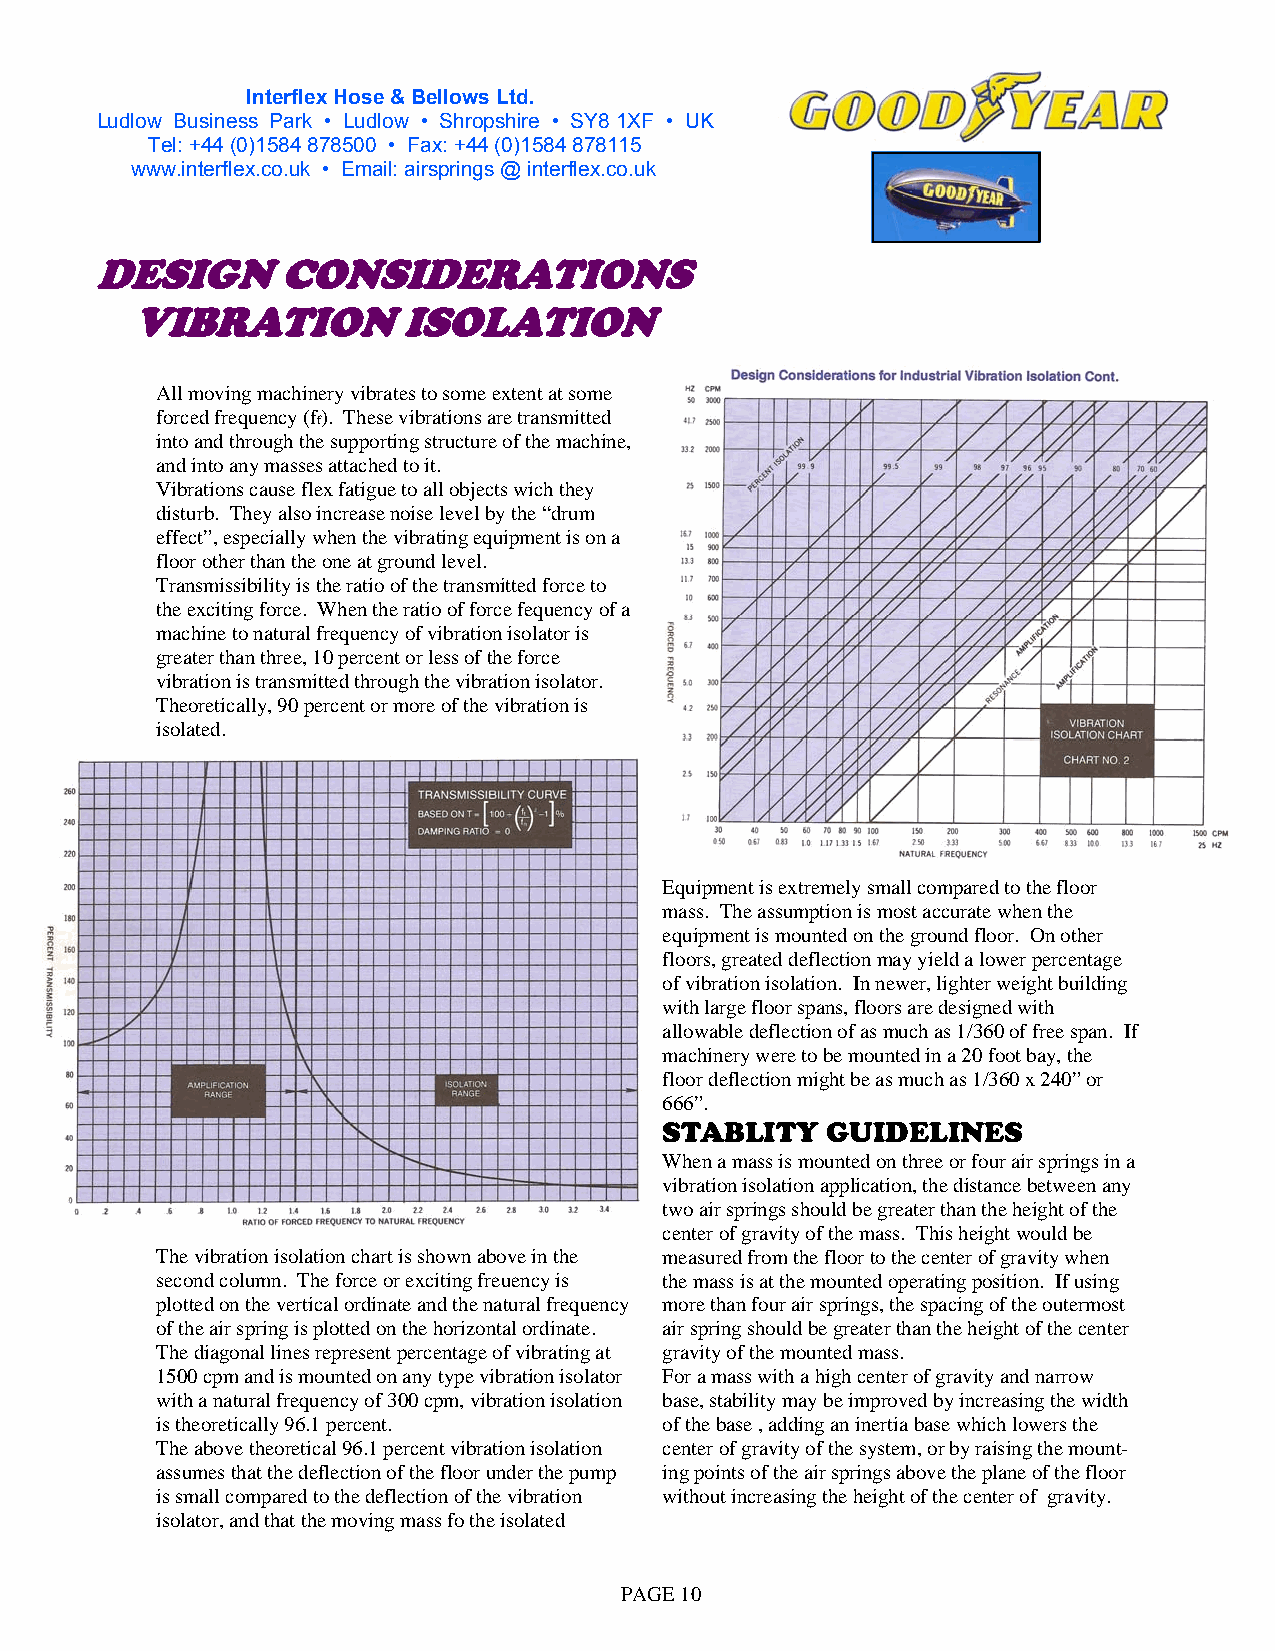
Interflex Hose & Bellows Ltd.
 Ludlow Business Park • Ludlow • Shropshire • SY8 1XF • UK
 Partners In Automation Since 1964
 Tel: +44 (0)1584 878500 • Fax: +44 (0)1584 878115
 www.i nterflex.co.uk • Email: airsprings @ interflex.co.uk
 DESIGN      CONSIDERATIONS
 VIBRATION         ISOLATION
 All moving machinery vibrates to some extent at some
 forced frequency (f). These vibrations are transmitted
 f
 into and through the supporting structure of the machine,
 and into any masses attached to it.
 Vibrations cause flex fatigue to all objects wich they
 disturb. They also increase noise level by the “drum
 effect”, especially when the vibrating equipment is on a
 floor other than the one at ground level.
 Transmissibility is the ratio of the transmitted force to
 the exciting force. When the ratio of force fequency of a
 machine to natural frequency of vibration isolator is
 greater than three, 10 percent or less of the force
 vibration is transmitted through the vibration isolator.
 Theoretically, 90 percent or more of the vibration is
 isolated.
 Equipment is extremely small compared to the floor
 mass. The assumption is most accurate when the
 equipment is mounted on the ground floor. On other
 floors, greated deflection may yield a lower percentage
 of vibration isolation. In newer, lighter weight building
 with large floor spans, floors are designed with
 allowable deflection of as much as 1/360 of free span. If
 machinery were to be mounted in a 20 foot bay, the
 floor deflection might be as much as 1/360 x 240” or
 666”.
 STABLITY   GUIDELINES
 When a mass is mounted on three or four air springs in a
 vibration isolation application, the distance between any
 two air springs should be greater than the height of the
 center of gravity of the mass. This height would be
 The vibration isolation chart is shown above in the measured from the floor to the center of gravity when
 second column. The force or exciting freuency is the mass is at the mounted operating position. If using
 plotted on the vertical ordinate and the natural frequency more than four air springs, the spacing of the outermost
 of the air spring is plotted on the horizontal ordinate. air spring should be greater than the height of the center
 The diagonal lines represent percentage of vibrating at gravity of the mounted mass.
 1500 cpm and is mounted on any type vibration isolator For a mass with a high center of gravity and narrow
 with a natural frequency of 300 cpm, vibration isolation base, stability may be improved by increasing the width
 is theoretically 96.1 percent.    of the base , adding an inertia base which lowers the
 The above theoretical 96.1 percent vibration isolation center of gravity of the system, or by raising the mount-
 assumes that the deflection of the floor under the pump ing points of the air springs above the plane of the floor
 is small compared to the deflection of the vibration without increasing the height of the center of gravity.
 isolator, and that the moving mass fo the isolated
 PAGE 10